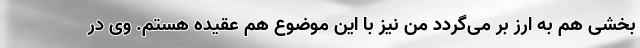
بخشی هم به ارز بر می‌گردد من نیز با این موضوع هم عقیده هستم. وی در